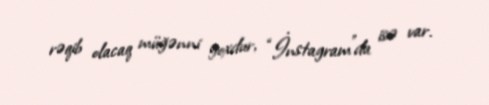
rəqib olacaq müğənni yoxdur, “İnstagram”da isə var.